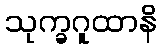
သုက္ခဂူထာနိ